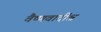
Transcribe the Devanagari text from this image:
वैष्णवादींश्च